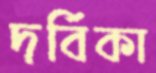
দর্বিকা